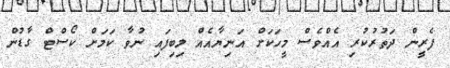
ފެރީން ދަތުރުކުރި އެއްވެސް މީހަކަށް އަނިޔާއެއް ލިބިފައި ނުވާ ކަމަށް ކޯސްޓް ގާޑުން